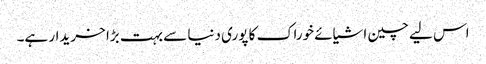
اس لیے چین اشیائے خوراک کا پوری دنیا سے بہت بڑا خریدار ہے۔